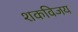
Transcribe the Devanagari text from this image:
शकविजय